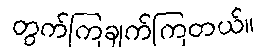
တွက်ကြချက်ကြတယ်။